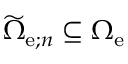
\widetilde { \Omega } _ { \mathrm { e } ; n } \subseteq \Omega _ { \mathrm { e } }